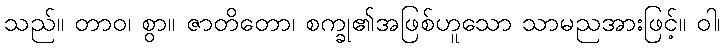
သည်။ တာဝ၊ စွာ။ ဇာတိတော၊ စက္ခု၏အဖြစ်ဟူသော သာမညအားဖြင့်။ ဝါ၊